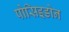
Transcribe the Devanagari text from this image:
पोसिइडोन